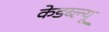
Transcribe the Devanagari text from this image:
केडब्ल्यू